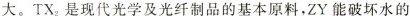
大。TX_{2}是现代光学及光纤制品的基本原料，ZY能破坏水的